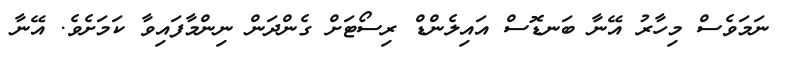
ނަމަވެސް މިހާރު އޭނާ ބަނޑޮސް އައިލެންޑް ރިސޯޓަށް ގެންދަން ނިންމާފައިވާ ކަމަށެވެ. އޭނާ